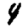
Digit: 4